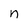
Character: n